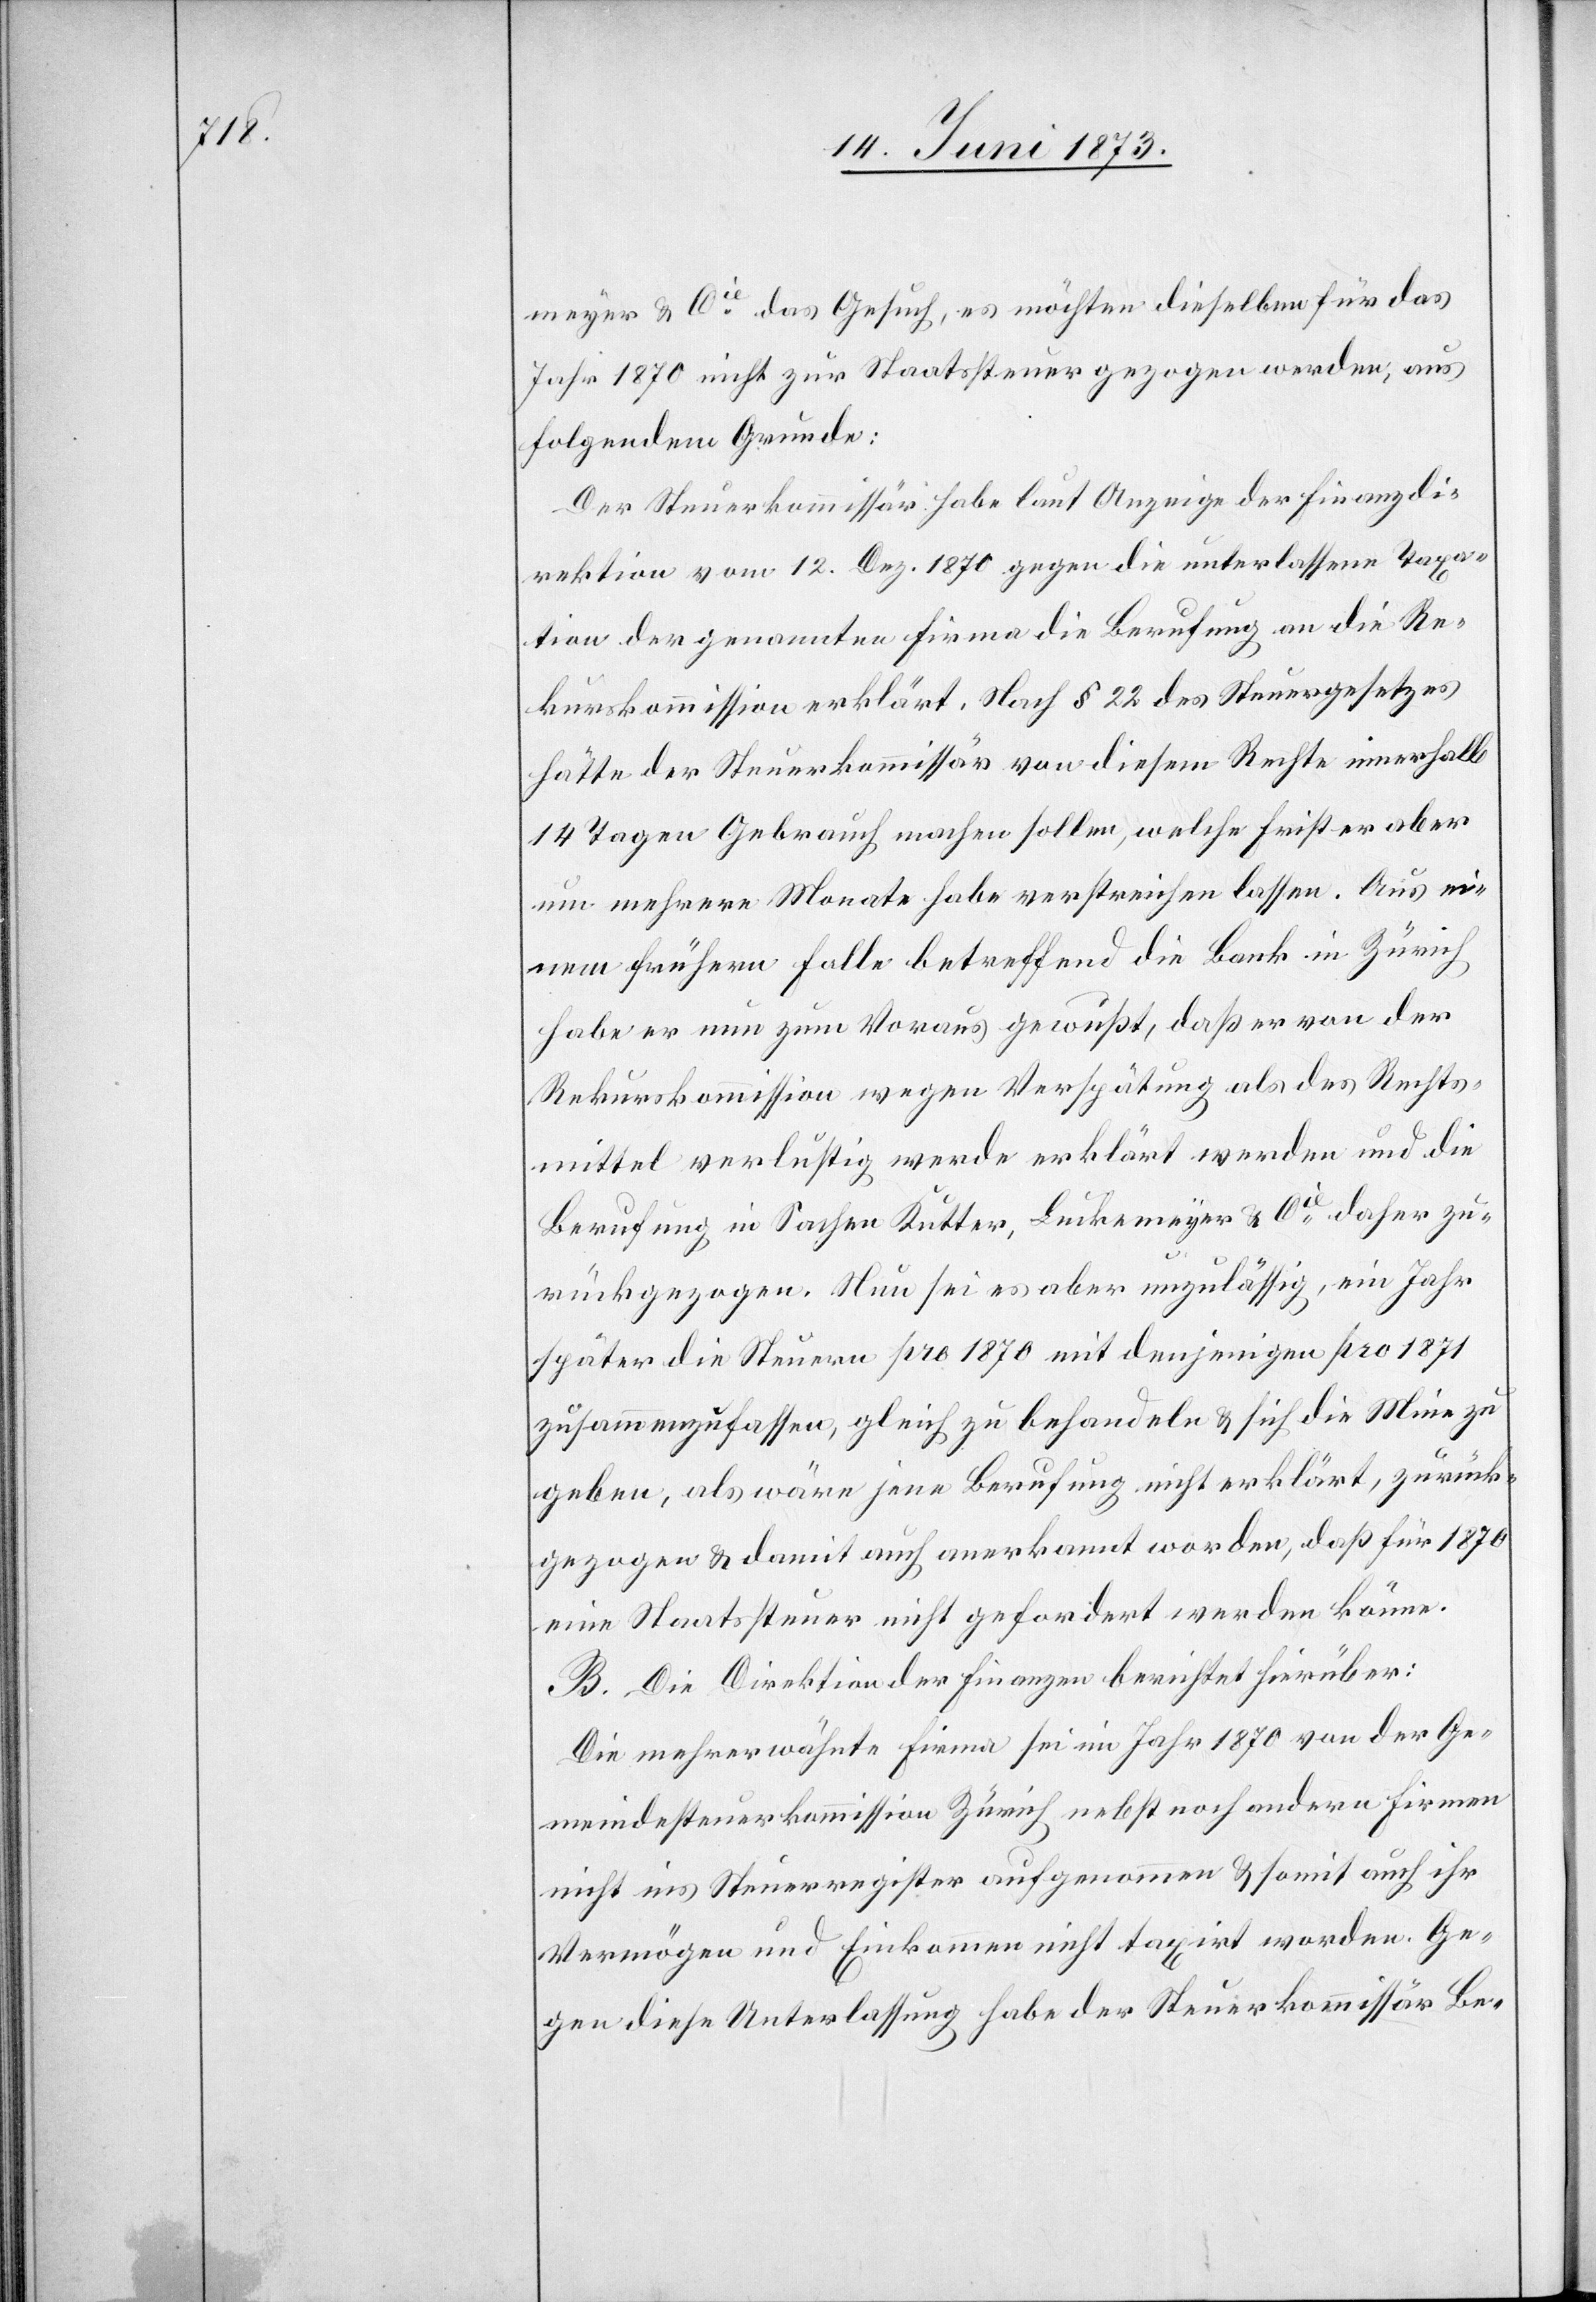
meyer & Cie das Gesuch, es möchten dieselben für das
Jahr 1870 nicht zur Staatssteuer gezogen werden, aus
folgendem Grunde:
Der Steuerkommissär habe laut Anzeige der Finanzdi¬
rektion vom 12. Dez. 1870 gegen die unterlassene Taxa¬
tion der genannten Firma die Berufung an die Re¬
kurskommission erklärt. Nach § 22 des Steuergesetzes
hätte der Steuerkommissär von diesem Rechte innerhalb
14 Tagen Gebrauch machen sollen, welche Frist er aber
um mehrere Monate habe verstreichen lassen. Aus ei¬
nem frühern Falle betreffend die Bank in Zürich
habe er nun zum Voraus gewußt, daß er von der
Rekurskommission wegen Verspätung als des Rechts¬
mittel verlustig werde erklärt werden und die
Berufung in Sachen Kutter, Luckemeyer & Cie daher zu¬
rückgezogen. Nun sei es aber unzulässig, ein Jahr
später die Steuern pro 1870 mit denjenigen pro 1871
zusammenzufassen, gleich zu behandeln & sich die Mine zu
geben, als wäre jene Berufung nicht erklärt, zurück¬
gezogen & damit auch anerkannt worden, daß für 1870
eine Staatssteuer nicht gefordert werden könne.
B. Die Direktion der Finanzen berichtet hierüber:
Die mehrerwähnte Firma sei im Jahr 1870 von der Ge¬
meindesteuerkommission Zürich nebst noch andern Firmen
nicht ins Steuerregister aufgenommen & somit auch ihr
Vermögen und Einkommen nicht taxirt worden. Ge¬
gen diese Unterlassung habe der Steuerkommissär Be-